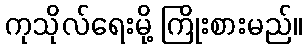
ကုသိုလ်ရေးမို့ ကြိုးစားမည်။